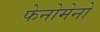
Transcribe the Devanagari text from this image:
फेनोमेनो